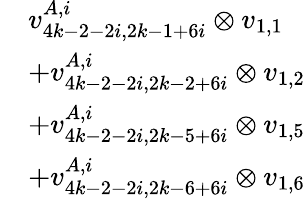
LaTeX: \begin{array}{rl}&{v_{4k-2-2i,2k-1+6i}^{A,i}\otimes v_{1,1}}\\ &{+v_{4k-2-2i,2k-2+6i}^{A,i}\otimes v_{1,2}}\\ &{+v_{4k-2-2i,2k-5+6i}^{A,i}\otimes v_{1,5}}\\ &{+v_{4k-2-2i,2k-6+6i}^{A,i}\otimes v_{1,6}}\end{array}